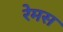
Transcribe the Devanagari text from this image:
रेमस